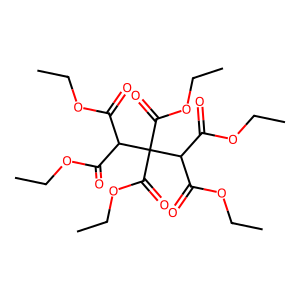
SMILES: CCOC(=O)C(C(=O)OCC)C(C(=O)OCC)(C(=O)OCC)C(C(=O)OCC)C(=O)OCC
Inhibits HIV replication: No